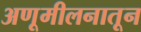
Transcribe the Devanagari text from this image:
अणूमीलनातून